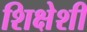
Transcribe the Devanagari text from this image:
शिक्षेशी